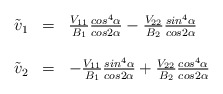
\begin{align*}\begin{array}{rcl}\tilde{v}_{1}&=&{V_{11}\over B_{1}}{cos^{4}\alpha \over cos2\alpha}-{V_{22}\over B_{2}}{sin^{4}\alpha \over cos 2\alpha}\\\\\tilde{v}_{2}&=&-{V_{11}\over B_{1}}{sin^{4}\alpha \over cos2\alpha}+{V_{22}\over B_{2}}{cos^{4}\alpha \over cos 2\alpha}\end{array}\end{align*}